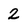
Character: 2